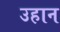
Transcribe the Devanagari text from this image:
उहान